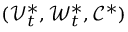
( \mathcal { V } _ { t } ^ { * } , \mathcal { W } _ { t } ^ { * } , \mathcal { C } ^ { * } )